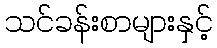
သင်ခန်းစာများနှင့်